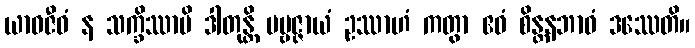
ယာဝဇီဝံ န သက္ခိဿာမိ ဒါတုန္တိ ပဗ္ဗဇ္ဇာယံ ဥဿာဟံ ကတွာ ဧဝံ စိန္တနဘာဝံ ဒဿေတိ။